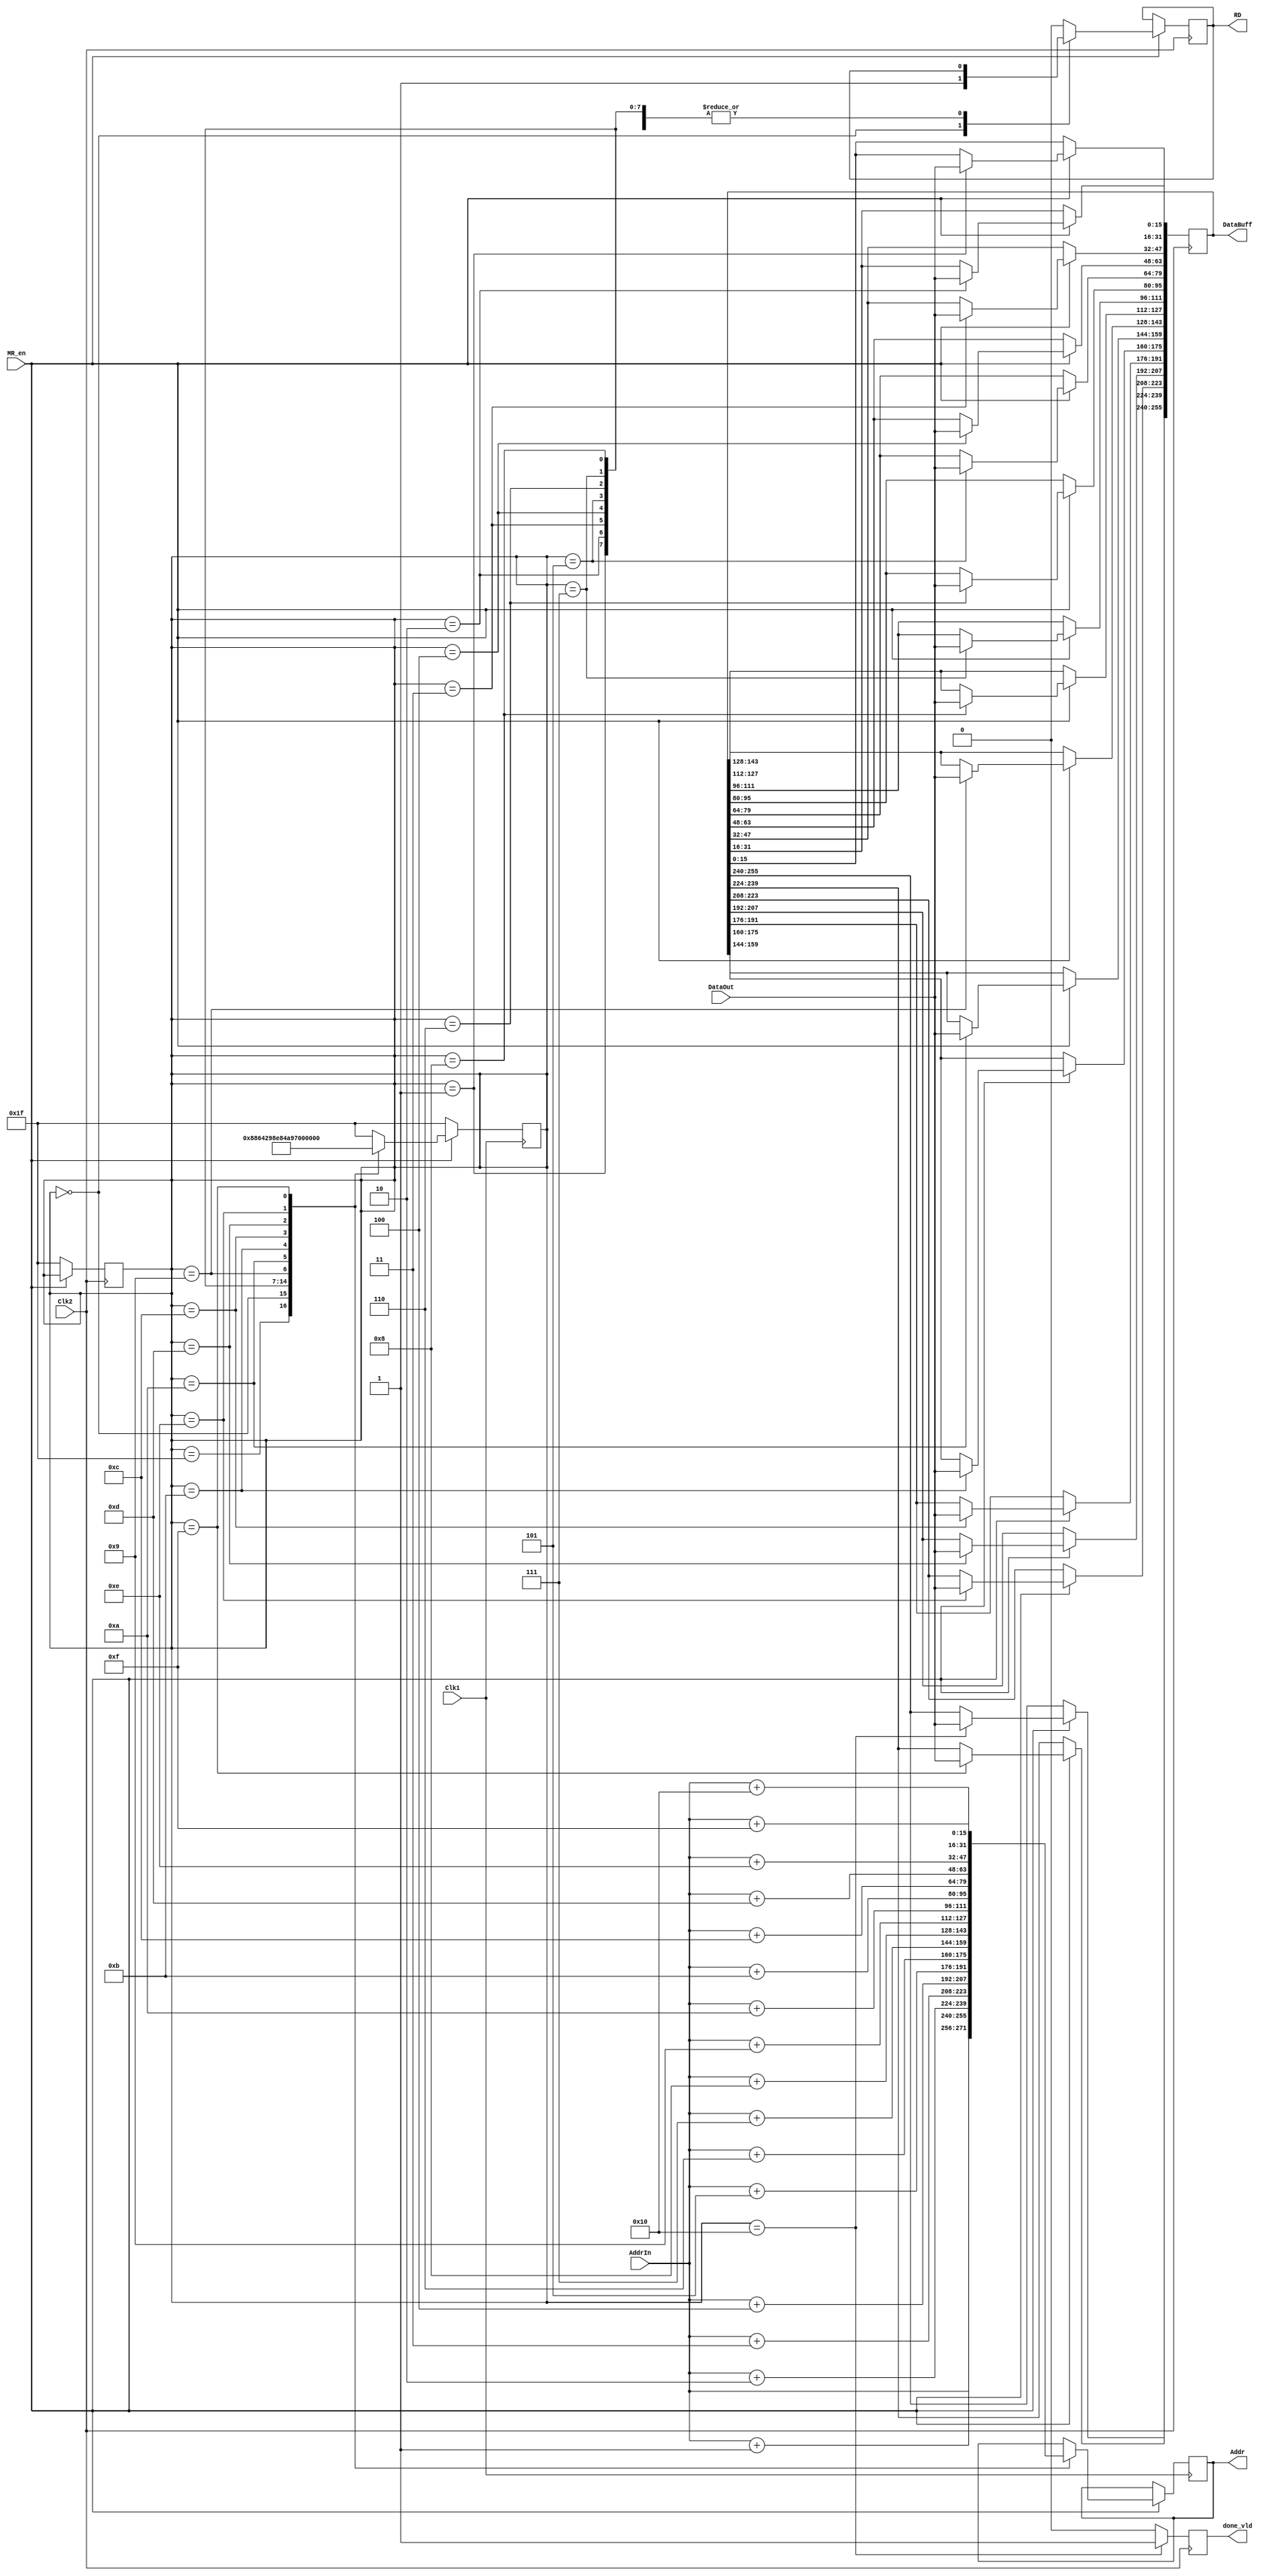
module MemoryRead(Addr, RD, DataBuff, done_vld, Clk1, Clk2, MR_en, AddrIn, DataOut);

output reg [15:0] Addr;
output reg RD;
output reg done_vld;
output reg [255:0] DataBuff;
input Clk1, Clk2, MR_en;
input [15:0] DataOut;
input [15:0] AddrIn;

reg [4:0] state;
reg next_done_vld;


parameter	S_Init	=	5'b11111;
parameter S0	=	5'b00000;
parameter S1	=	5'b00001;
parameter S2	=	5'b00010;
parameter S3	=	5'b00011;
parameter S4	=	5'b00100;
parameter S5	=	5'b00101;
parameter S6	=	5'b00110;
parameter S7	=	5'b00111;
parameter S8	=	5'b01000;
parameter S9	=	5'b01001;
parameter S10	=	5'b01010;
parameter S11	=	5'b01011;
parameter S12	=	5'b01100;
parameter S13	=	5'b01101;
parameter S14	=	5'b01110;
parameter S15	=	5'b01111;
parameter S16	=	5'b10000;


always @ (posedge Clk1)
begin
	if (MR_en != 1)
	begin
		state <= S_Init;
	end
	else
	begin
		case (state)
		S_Init:	begin
							state <= S0;
							Addr <= AddrIn;
						end
		S0:	begin
					state <= S1;
					Addr <= AddrIn + 1;
				end
		S1:	begin
					state <= S2;
					Addr <= AddrIn + 2;
				end
		S2:	begin
					state <= S3;
					Addr <= AddrIn + 3;
				end
		S3:	begin
					state <= S4;
					Addr <= AddrIn + 4;
				end
		S4:	begin
					state <= S5;
					Addr <= AddrIn + 5;
				end
		S5:	begin
					state <= S6;
					Addr <= AddrIn + 6;
				end
		S6:	begin
					state <= S7;
					Addr <= AddrIn + 7;
				end
		S7:	begin
					state <= S8;
					Addr <= AddrIn + 8;
				end
		S8:	begin
					state <= S9;
					Addr <= AddrIn + 9;
				end
		S9:	begin
					state <= S10;
					Addr <= AddrIn + 10;
				end
		S10:	begin
						state <= S11;
						Addr <= AddrIn + 11;
					end
		S11:	begin
						state <= S12;
						Addr <= AddrIn + 12;
					end
		S12:	begin
						state <= S13;
						Addr <= AddrIn + 13;
					end
		S13:	begin
						state <= S14;
						Addr <= AddrIn + 14;
					end
		S14:	begin
						state <= S15;
						Addr <= AddrIn + 15;
					end
		S15:	begin
						state <= S16;
						Addr <= AddrIn + 16;
					end
		S16:	begin
						state <= S_Init;
					end
		default:	begin
								state <= S_Init;
							end
		endcase
	end
end

always @ (posedge Clk2)
begin
	if (MR_en != 1)
	begin
		state <= S_Init;
	end

	else
	begin
		case (state)
		S0:	begin
					RD <= 1;
				end
		S1:	begin
					DataBuff[15:0] <= DataOut;
				end
		S2:	begin
					DataBuff[31:16] <= DataOut;
				end
		S3:	begin
					DataBuff[47:32] <= DataOut;
				end
		S4:	begin
					DataBuff[63:48] <= DataOut;
				end
		S5:	begin
					DataBuff[79:64] <= DataOut;
				end
		S6:	begin
					DataBuff[95:80] <= DataOut;
				end
		S7:	begin
					DataBuff[111:96] <= DataOut;
				end
		S8:	begin
					DataBuff[127:112] <= DataOut;
				end
		S9:	begin
					DataBuff[143:128] <= DataOut;
				end
		S10:	begin
						DataBuff[159:144] <= DataOut;
					end
		S11:	begin
						DataBuff[175:160] <= DataOut;
					end
		S12:	begin
						DataBuff[191:176] <= DataOut;
					end
		S13:	begin
						DataBuff[207:192] <= DataOut;
					end
		S14:	begin
						DataBuff[223:208] <= DataOut;
					end
		S15:	begin
						DataBuff[239:224] <= DataOut;
					end
		S16:	begin
						DataBuff[255:240] <= DataOut;
						RD <= 0;
					end
		default:	begin
								RD <= 0;
							end
		endcase
	end
end


always @ (state)
begin
	if (state == S16)
	begin
		next_done_vld = 1'b1;
	end
	else
	begin
		next_done_vld = 1'b0;
	end
end


always @ (posedge Clk2)
begin
	done_vld <= next_done_vld;
end

endmodule